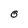
Character: O